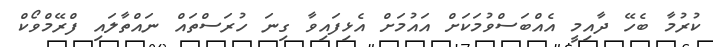
ކުރުމާ ބެހޭ ދާއިމީ އެއްބަސްވުމަކަށް އައުމަށް އެޅިފައިވާ ގިނަ ހުރަސްތައް ނައްތާލައި ފްރޭމްވޯކް